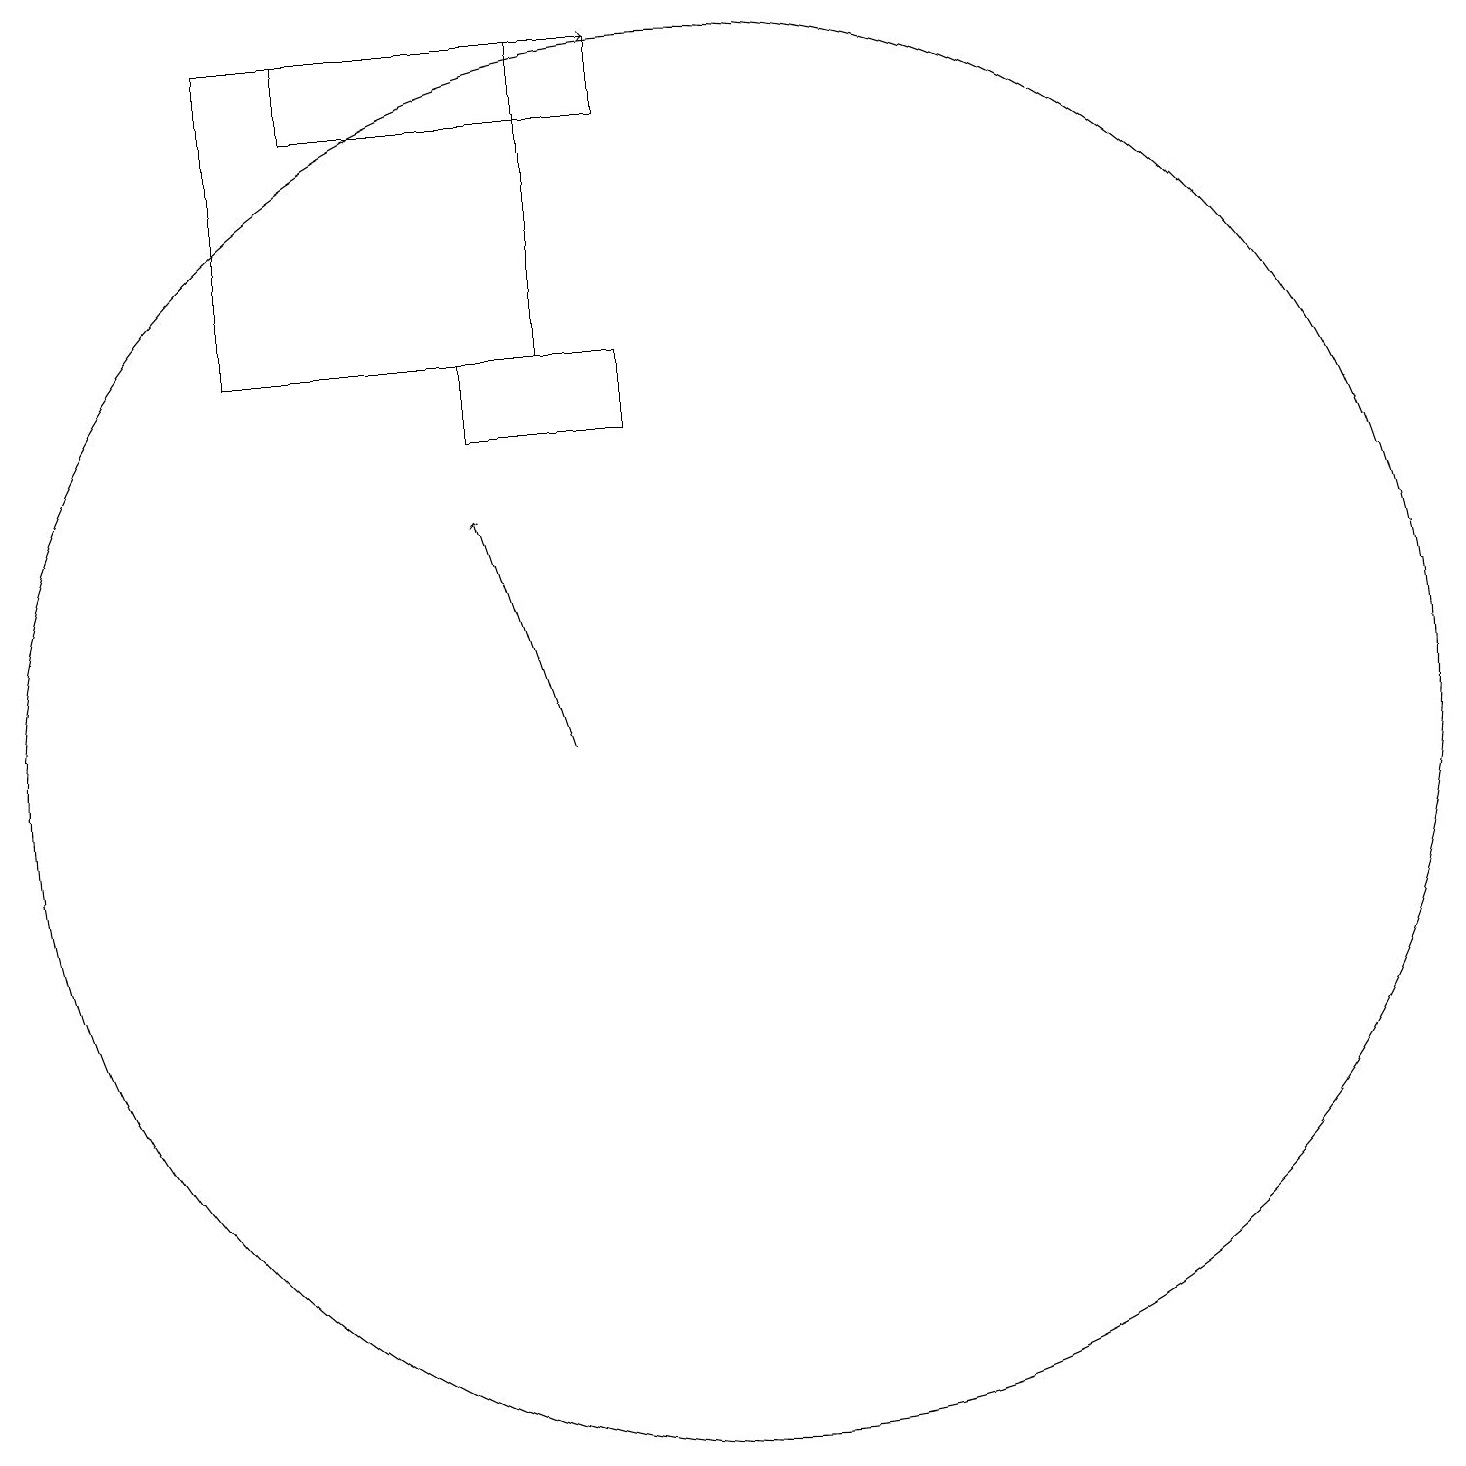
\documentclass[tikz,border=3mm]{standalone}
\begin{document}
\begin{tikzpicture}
\draw[->] (8,10) -- (7,13);
\draw (5,18) rectangle (9,19);
\draw[->] (4,19) -- (9,19);
\draw (10,10) circle (9);
\draw (7,14) rectangle (9,15);
\draw (4,15) rectangle (8,19);
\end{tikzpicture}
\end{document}